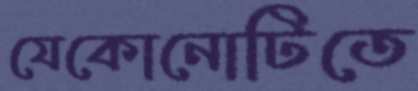
যেকোনোটিতে